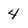
Character: 4